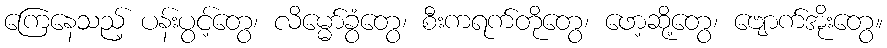
ကြေနေသည့် ပန်းပွင့်တွေ၊ လိမ္မော်ခွံတွေ၊ စီးကရက်တိုတွေ၊ ဖော့ဆို့တွေ၊ ဗျောက်အိုးတွေ။